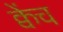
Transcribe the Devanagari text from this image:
क्वेंच